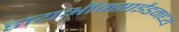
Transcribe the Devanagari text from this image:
डायऑक्साईडमध्ये